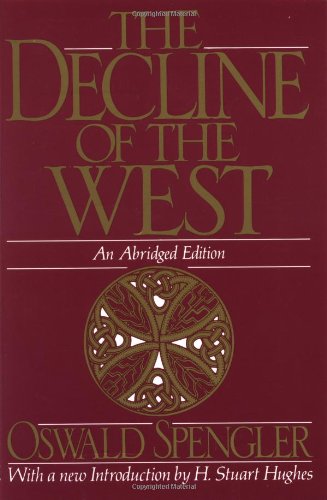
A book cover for The Decline of the West (Oxford Paperbacks); Oswald Spengler; Politics & Social Sciences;